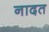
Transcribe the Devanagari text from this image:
नादत